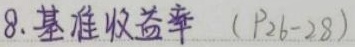
8.基准收益率（P26 - 28）